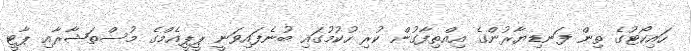
ހައިކޯޓުގެ ތިން ފަނޑިޔާރުންގެ އިއްތިފާގުން ކުރި ހުކުމުގައި ބުނެފައިވަނީ ޕީޕީއެމްގެ މުސްތަޝާރާއި ޕާޓީ